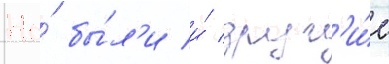
Но́ бы́л'и и́ друг'и́е